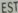
FST